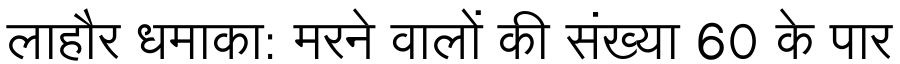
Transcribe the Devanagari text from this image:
लाहौर धमाका: मरने वालों की संख्या 60 के पार